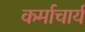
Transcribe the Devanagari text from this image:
कर्माचार्य